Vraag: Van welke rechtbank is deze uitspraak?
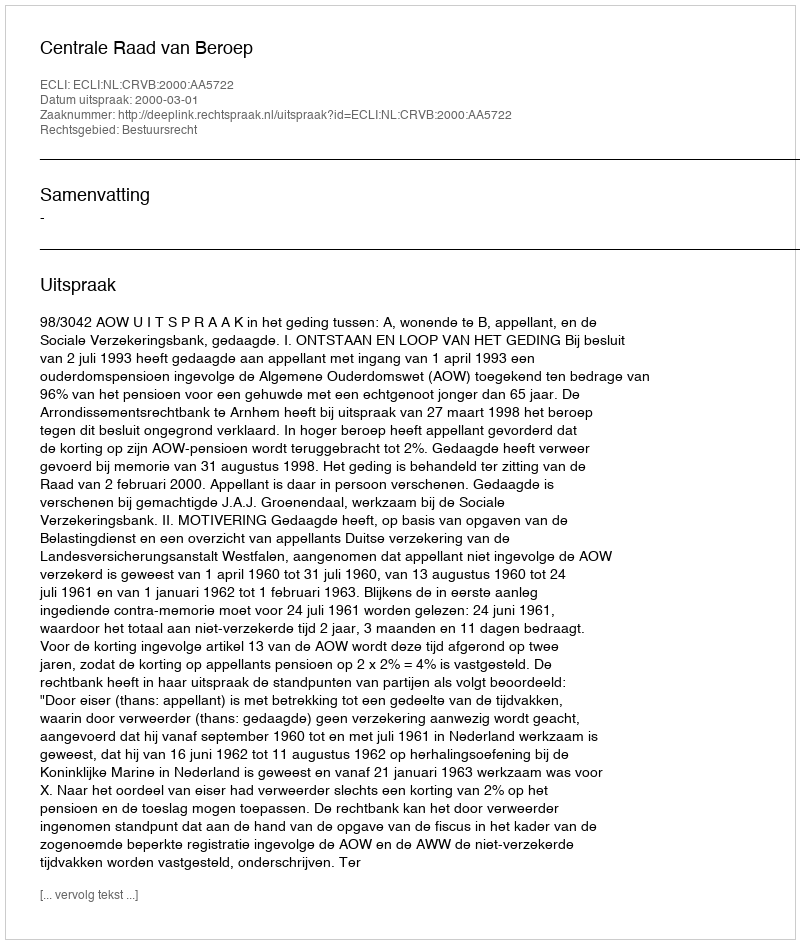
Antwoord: Centrale Raad van Beroep